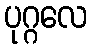
ပုဂ္ဂလေ